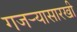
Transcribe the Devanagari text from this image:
गजर्‍यासारखी